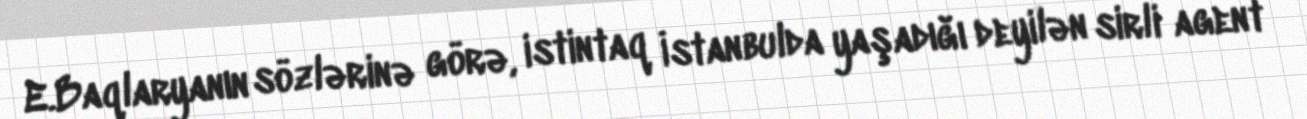
E.Baqlaryanın sözlərinə görə, istintaq İstanbulda yaşadığı deyilən sirli agent